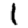
Digit: 1